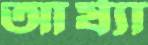
আর্য্যা